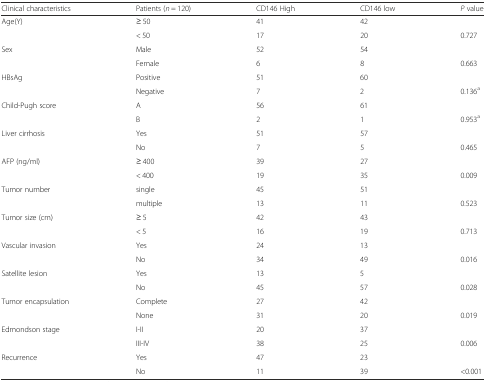
<table><thead><tr><td><b>Clinical characteristics</b></td><td><b>Patients (<i>n</i> = 120)</b></td><td><b>CD146 High</b></td><td><b>CD146 low</b></td><td><b><i>P</i> value</b></td></tr></thead><tbody><tr><td>Age(Y)</td><td>≥ 50</td><td>41</td><td>42</td><td></td></tr><tr><td></td><td>&lt; 50</td><td>17</td><td>20</td><td>0.727</td></tr><tr><td>Sex</td><td>Male</td><td>52</td><td>54</td><td></td></tr><tr><td></td><td>Female</td><td>6</td><td>8</td><td>0.663</td></tr><tr><td>HBsAg</td><td>Positive</td><td>51</td><td>60</td><td></td></tr><tr><td></td><td>Negative</td><td>7</td><td>2</td><td>0.136<sup>a</sup></td></tr><tr><td>Child-Pugh score</td><td>A</td><td>56</td><td>61</td><td></td></tr><tr><td></td><td>B</td><td>2</td><td>1</td><td>0.953<sup>a</sup></td></tr><tr><td>Liver cirrhosis</td><td>Yes</td><td>51</td><td>57</td><td></td></tr><tr><td></td><td>No</td><td>7</td><td>5</td><td>0.465</td></tr><tr><td>AFP (ng/ml)</td><td>≥ 400</td><td>39</td><td>27</td><td></td></tr><tr><td></td><td>&lt; 400</td><td>19</td><td>35</td><td>0.009</td></tr><tr><td>Tumor number</td><td>single</td><td>45</td><td>51</td><td></td></tr><tr><td></td><td>multiple</td><td>13</td><td>11</td><td>0.523</td></tr><tr><td>Tumor size (cm)</td><td>≥ 5</td><td>42</td><td>43</td><td></td></tr><tr><td></td><td>&lt; 5</td><td>16</td><td>19</td><td>0.713</td></tr><tr><td>Vascular invasion</td><td>Yes</td><td>24</td><td>13</td><td></td></tr><tr><td></td><td>No</td><td>34</td><td>49</td><td>0.016</td></tr><tr><td>Satellite lesion</td><td>Yes</td><td>13</td><td>5</td><td></td></tr><tr><td></td><td>No</td><td>45</td><td>57</td><td>0.028</td></tr><tr><td>Tumor encapsulation</td><td>Complete</td><td>27</td><td>42</td><td></td></tr><tr><td></td><td>None</td><td>31</td><td>20</td><td>0.019</td></tr><tr><td>Edmondson stage</td><td>I-II</td><td>20</td><td>37</td><td></td></tr><tr><td></td><td>III-IV</td><td>38</td><td>25</td><td>0.006</td></tr><tr><td>Recurrence</td><td>Yes</td><td>47</td><td>23</td><td></td></tr><tr><td></td><td>No</td><td>11</td><td>39</td><td>&lt;0.001</td></tr></tbody></table>